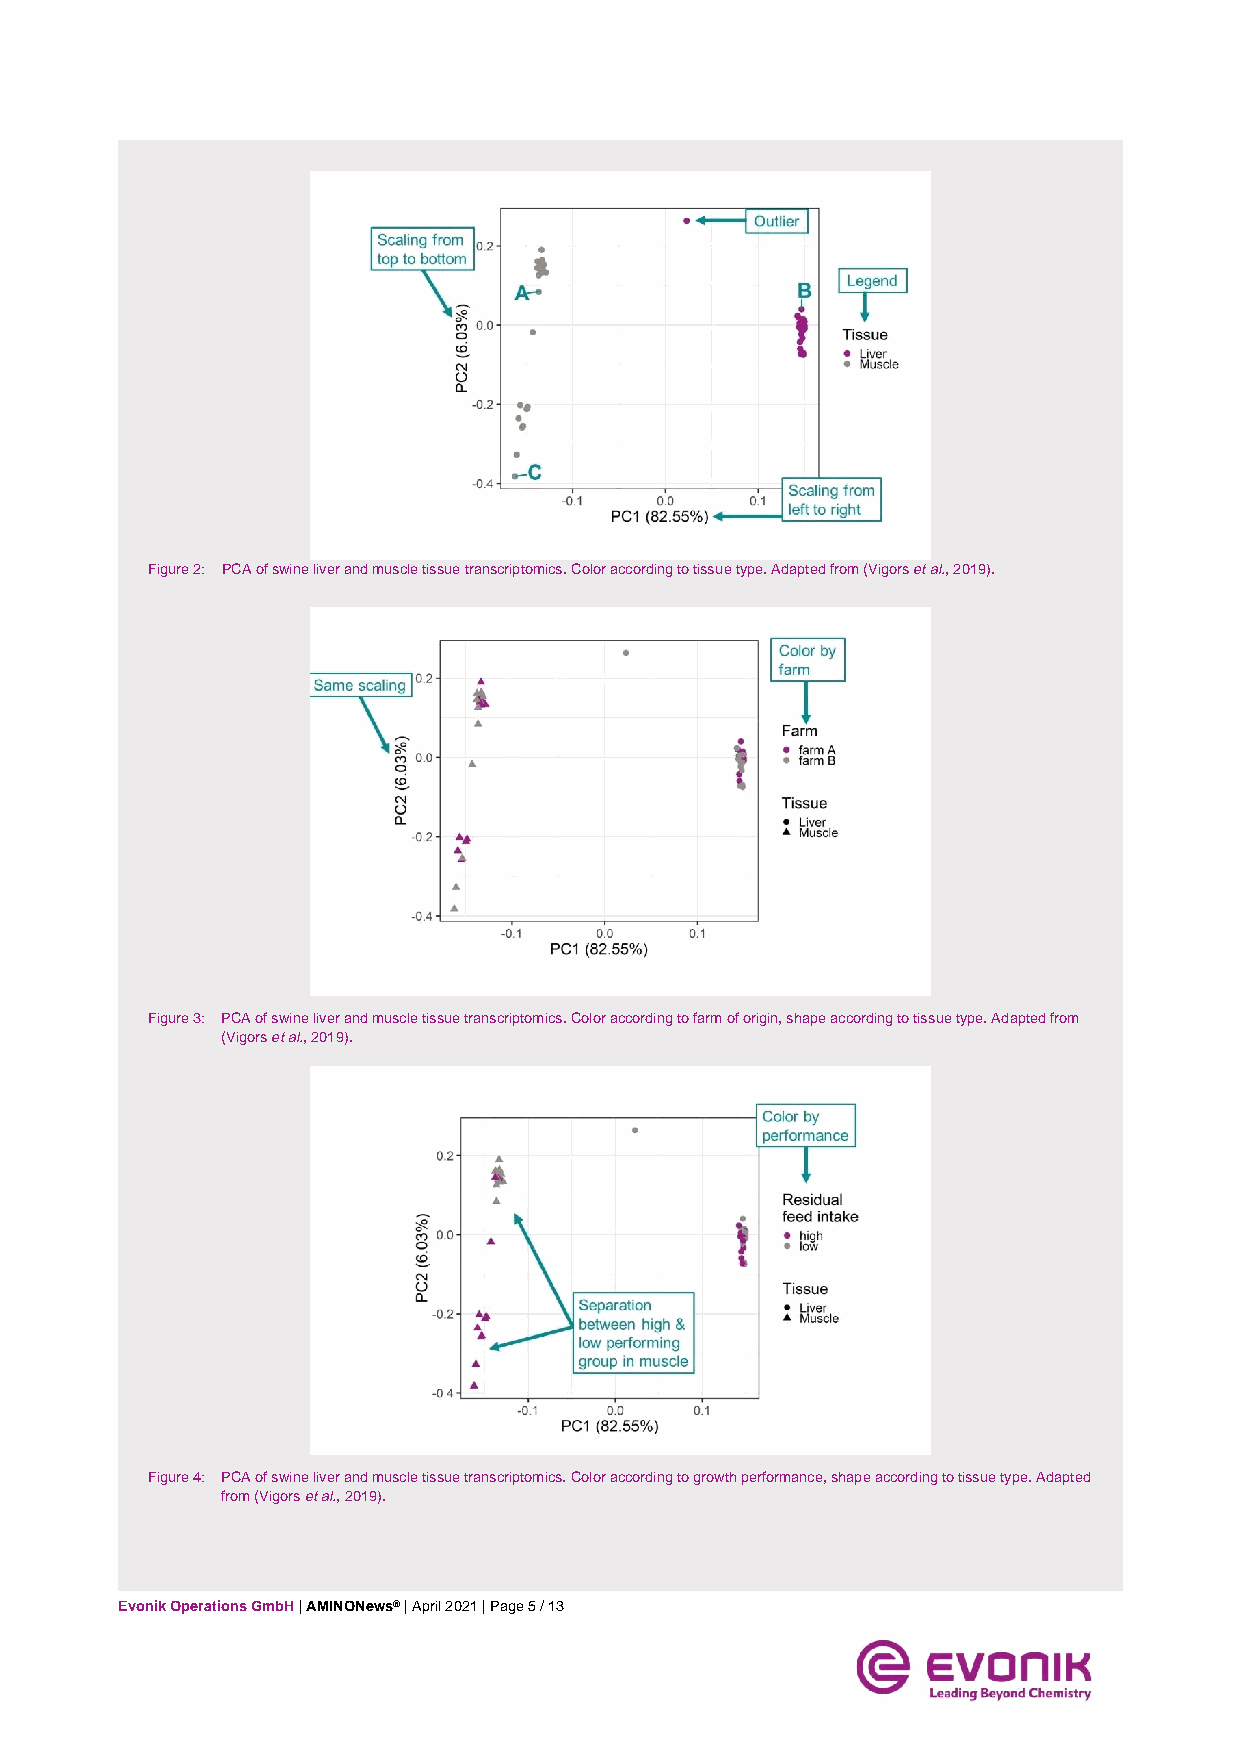
Figure 2: PCA of swine liver and muscle tissue transcriptomics. Color according to tissue type. Adapted from (Vigors et al., 2019).
 Figure 3: PCA of swine liver and muscle tissue transcriptomics. Color according to farm of origin, shape according to tissue type. Adapted from
 (Vigors et al., 2019).
 Figure 4: PCA of swine liver and muscle tissue transcriptomics. Color according to growth performance, shape according to tissue type. Adapted
 from (Vigors et al., 2019).
 Evonik Operations GmbH | AMINONews® | April 2021 | Page 5 / 13